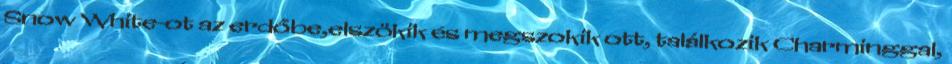
Snow White-ot az erdőbe,elszökik és megszokik ott, találkozik Charminggal,